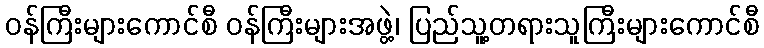
ဝန်ကြီးများကောင်စီ ဝန်ကြီးများအဖွဲ့၊ ပြည်သူ့တရားသူကြီးများကောင်စီ